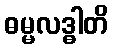
ဓမ္မလဒ္ဓါတိ